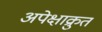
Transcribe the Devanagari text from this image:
अपेक्षाक्रुत